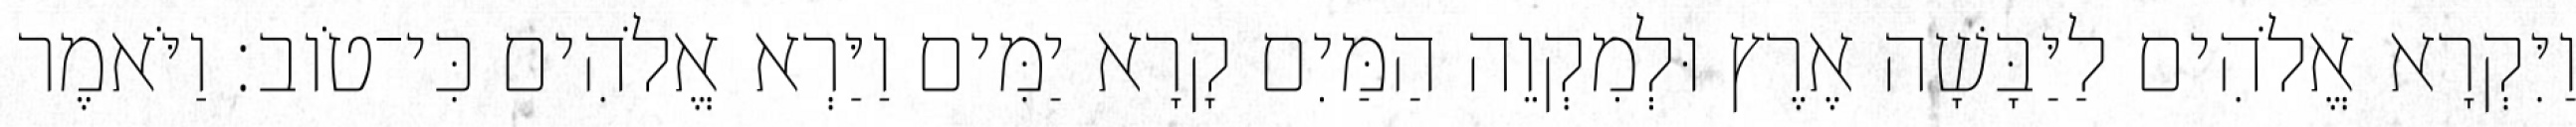
וַיִּקְרָא אֱלֹהִים לַיַּבָּשָׁה אֶרֶץ וּלְמִקְוֵה הַמַּיִם קָרָא יַמִּים וַיַּרְא אֱלֹהִים כִּי־טֹוב׃ וַיֹּאמֶר